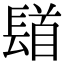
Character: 𨲛